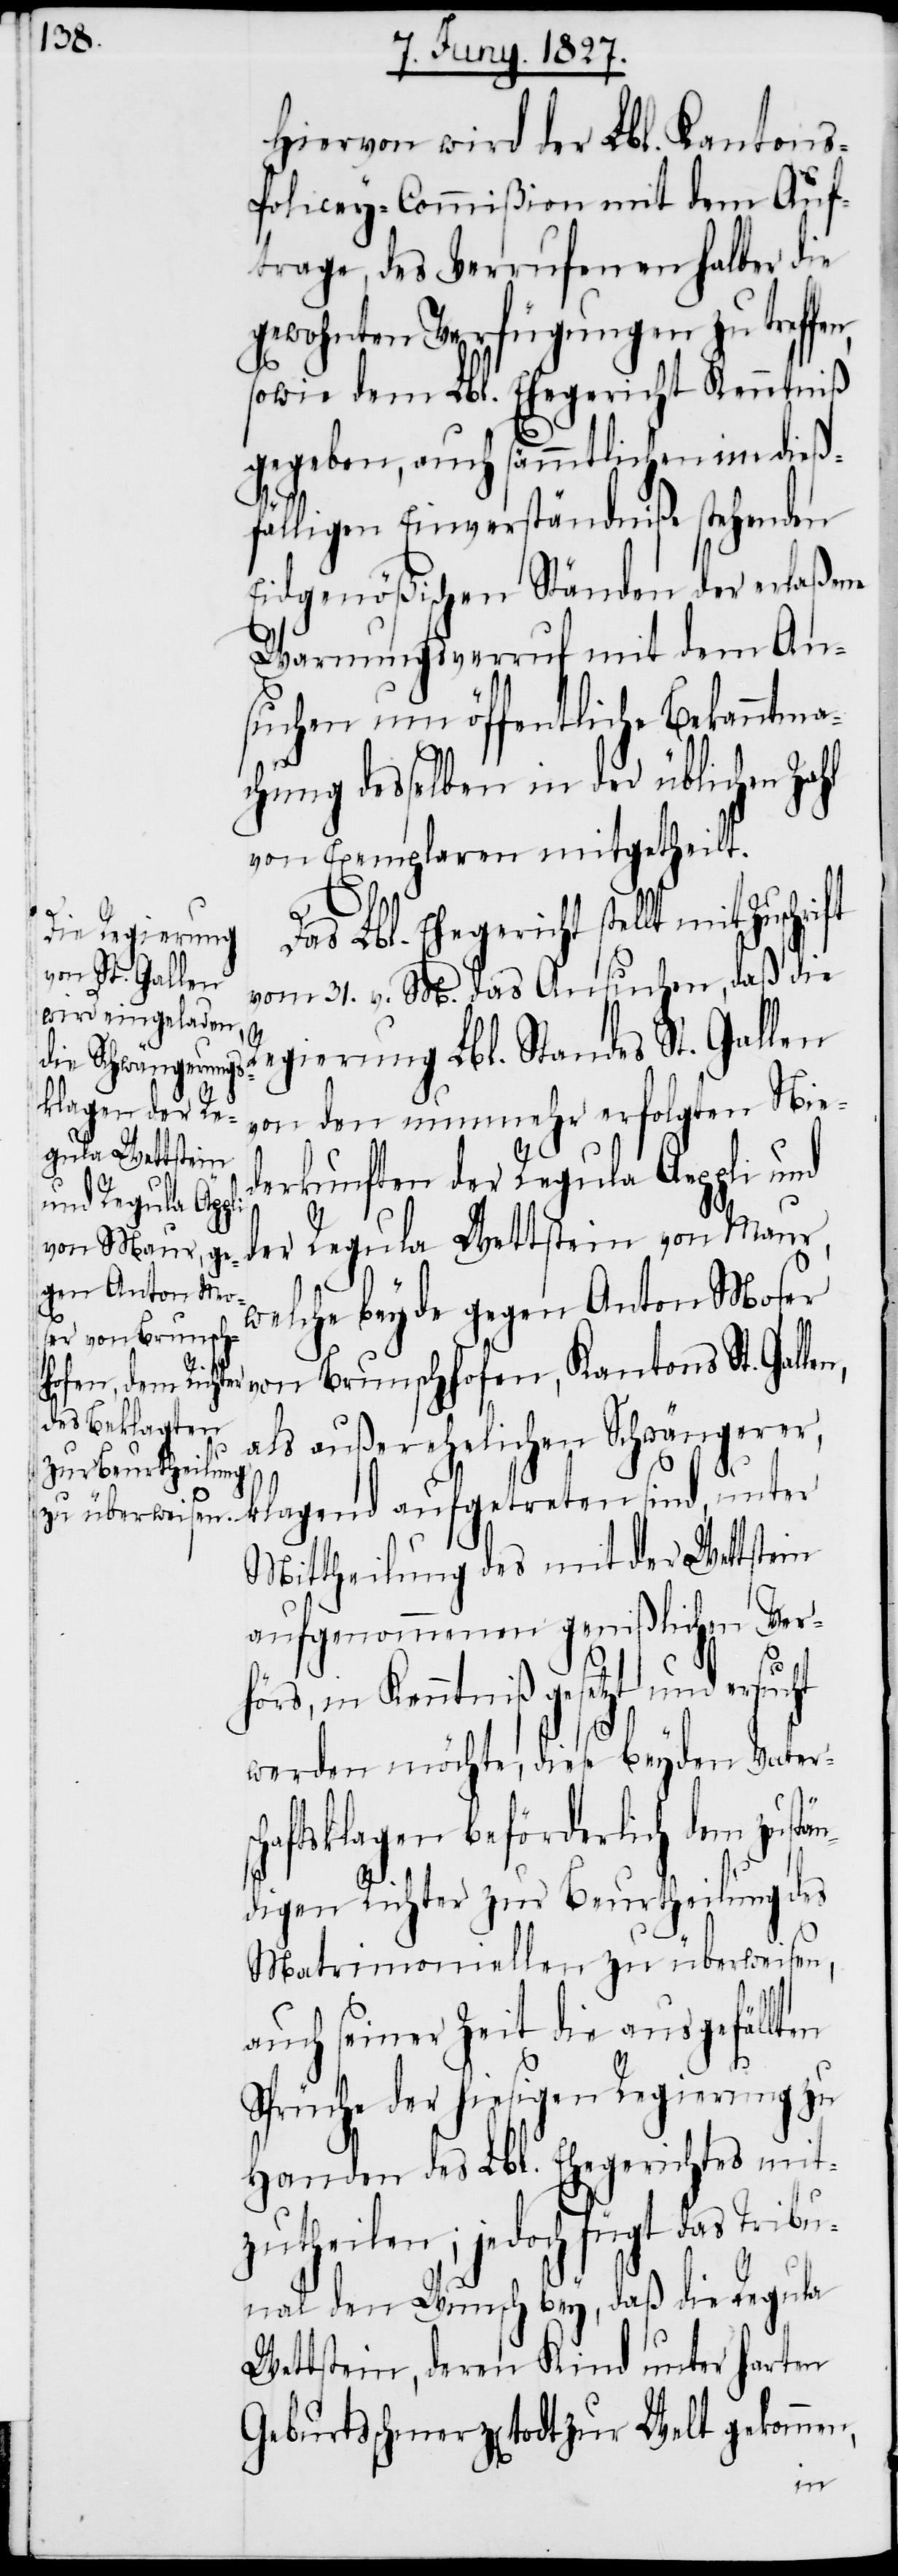
Hiervon wird der Lbl. Kanton¬
s-Policey-Commißion mit dem Auf¬
trage, des Verrufenen halber die
gewohnten Verfügungen zu treffen,
sowie dem Lbl. Ehegericht Kenntniß
gegeben, auch sämmtlichen im dieß¬
fälligen Einverständniße stehenden
Eidgenößischen Ständen der erlaßene
Warnungsverruf mit dem An¬
suchen um öffentliche Bekanntma¬
chung desselben in der üblichen Zahl
vom Exemplaren mitgetheilt.
Das Lbl. Ehegericht stellt mit
tons St. Gallen,
vom 31. v. M. das Ansuchen, daß die
Regierung Lbl. Standes St. Gallen
von den nunmehr erfolgten Nie¬
derkunften der Regula Aeppli und
der Regula Wettstein von Maur,
sind,
welche beyde gegen Anton Moser
als außerehelichen Schwängerer,
Mittheilung des mit der Wettstein
aufgenommenen genißlichen Ver¬
hörs, in Kenntniß gesetzt und ersucht
werden möchte, diese beyden Vaters¬
chaftsklagen beförderlich dem zustä¬
ndigen Richter zur Beurtheilung des
Matrimoniellen zu überweisen,
auch seiner Zeit die ausgefällt¬
Sprüche der hiesigen Regierung zu
Handen des Lbl. Ehegerichtes mit¬
zutheilen; jedoch fügt das Trib¬
unal den Wunsch bey, daß die Regula
Wettstein, deren Kind unter harten
Geburtsschmerz[en] todt zur Welt gekommen,
en